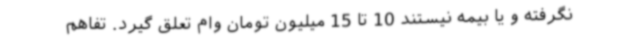
نگرفته و یا بیمه نیستند 10 تا 15 میلیون تومان وام تعلق گیرد. تفاهم